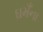
ઘમઁના